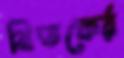
বিতকের্র